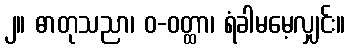
၂။ ဓာတုသညာ၊ ဝ-ဝတ္ထာ၊ ရံခါမမေ့လျှင်း။